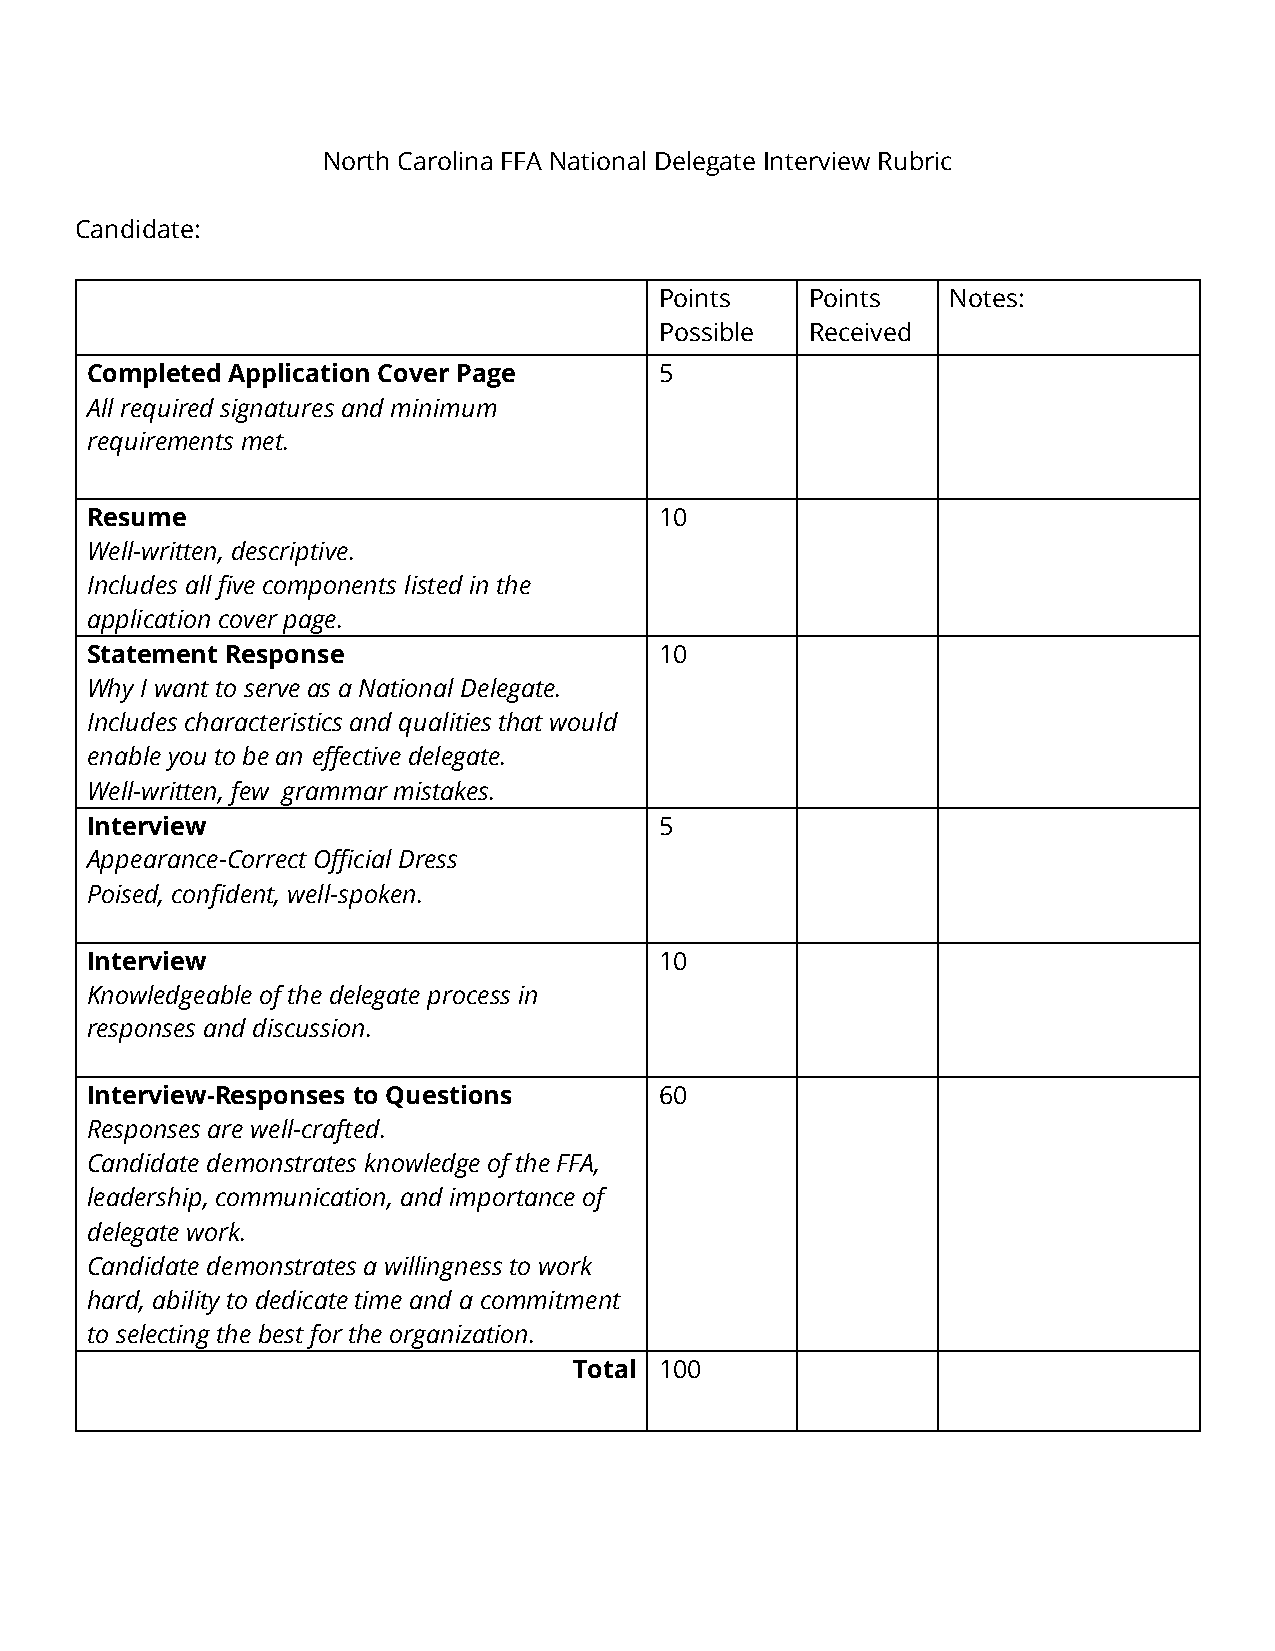
North Carolina FFA National Delegate Interview Rubric
 Candidate:
 Points    Points   Notes:
 Possible  Received
 Completed Application Cover Page      5
 All required signatures and minimum
 requirements met.
 Resume                                10
 Well-written, descriptive.
 Includes all five components listed in the
 application cover page.
 Statement Response                    10
 Why I want to serve as a National Delegate.
 Includes characteristics and qualities that would
 enable you to be an effective delegate.
 Well-written, few grammar mistakes.
 Interview                             5
 Appearance-Correct Official Dress
 Poised, confident, well-spoken.
 Interview                             10
 Knowledgeable of the delegate process in
 responses and discussion.
 Interview-Responses to Questions      60
 Responses are well-crafted.
 Candidate demonstrates knowledge of the FFA,
 leadership, communication, and importance of
 delegate work.
 Candidate demonstrates a willingness to work
 hard, ability to dedicate time and a commitment
 to selecting the best for the organization.
 Total 100